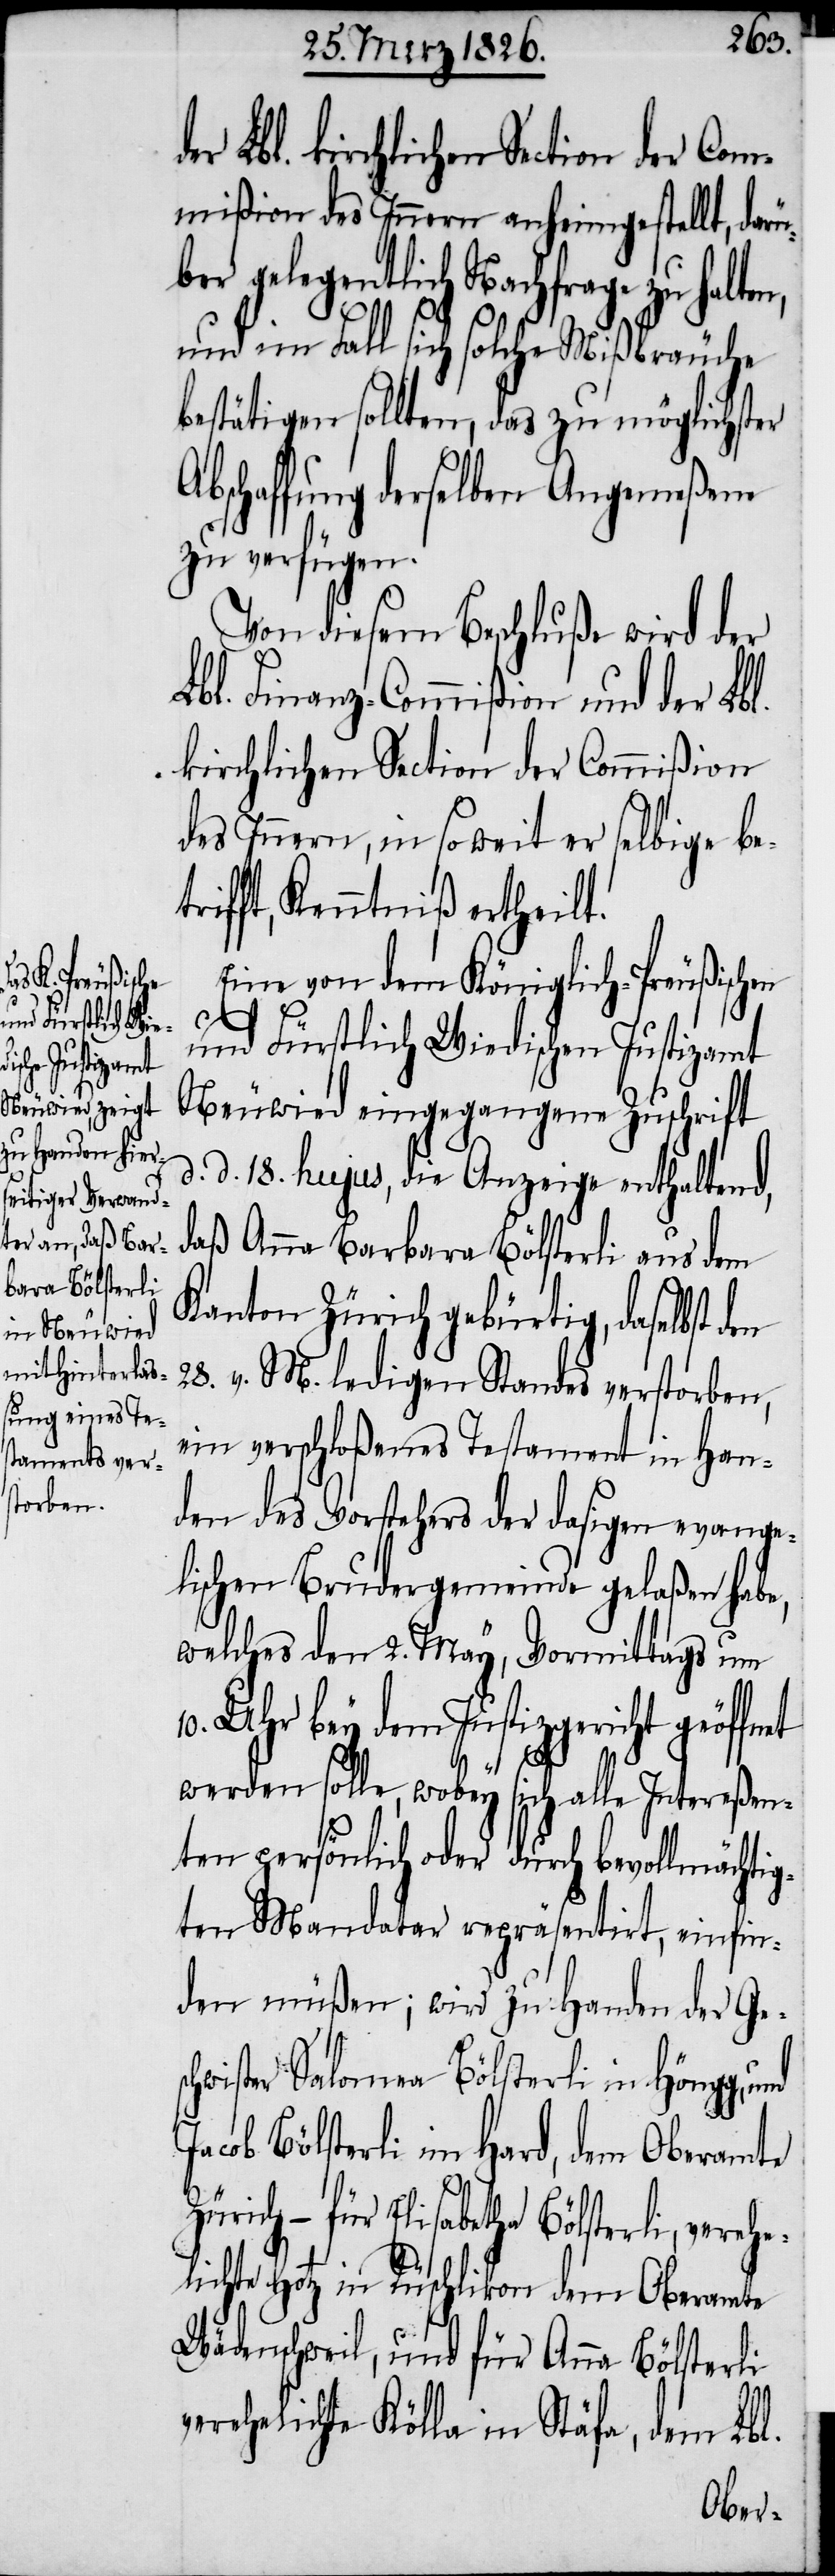
er Lbl. kirchlichen Section der Com¬
mißion des Innern anheimgestellt, darü¬
ber gelegentlich Nachfrage zu halten,
und im Fall sich solche Mißbräuche
bestätigen sollten, das zu möglichster
bschaffung derselben Angemeßene
zu verfügen.
Von diesem Beschluße wird der
Lbl. Finanz-Commißion und der Lbl.
kirchlichen Section der Commißion
des Innern, in soweit er selbige be¬
ifft, Kenntniß ertheilt.
Eine von dem Königlich-Preußischen
und Fürstlich Wiedischen Justizamt
Neuwied eingegangene Zuschrift
d. d. 18. hujus, die Anzeige enthaltend,
daß Anna Barbara Bölsterli aus dem
Kanton Zürich gebürtig, daselbst den
28. v. M. ledigen Standes verstorben,
ein verschloßenes Testament in Han¬
den des Vorstehers der dasigen evange¬
lischen Brudergemeinde gelaßen habe,
welches den 2. May, Vormittags um
Uhr bey dem Justizgericht geöffn¬
et
werden solle, wobey sich alle Intereßen¬
ten persönlich oder durch bevollmächtig¬
ten Mandatar repräsentirt, einfin¬
den müßen; wird zu Handen der Ges¬
chwister Salomea Bölsterli in Höngg,
Jacob Bölsterli in Hard, dem Oberamte
Zürich – für Elisabetha Bölsterli, vereh¬
elichte Hotz in Rüschlikon dem Oberamte
Wädenschweil, und für Anna Bölsterli
verehelichte Kölla in Stäfa, dem Lbl.